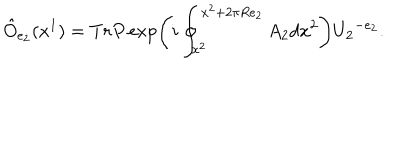
\hat { O } _ { e _ { 2 } } ( x ^ { 1 } ) = T r P \exp \left( i \oint _ { x ^ { 2 } } ^ { x ^ { 2 } + 2 \pi R e _ { 2 } } A _ { 2 } d x ^ { 2 } \right) { U _ { 2 } } ^ { - e _ { 2 } } .